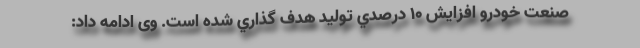
صنعت خودرو افزايش 10 درصدي توليد هدف گذاري شده است. وی ادامه داد: